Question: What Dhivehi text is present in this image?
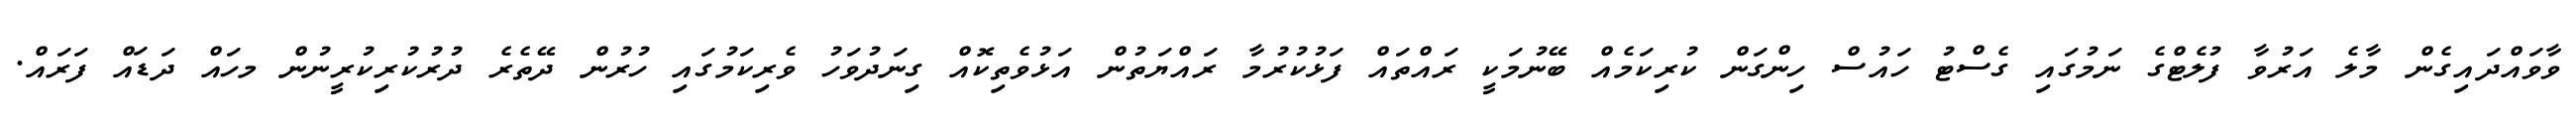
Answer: ވާވައްދައިގެން މާލެ އަރުވާ ފުލެޓްގެ ނަމުގައި ގެސްޓު ހައުސް ހިންގަން ކުރިކަމެއް ބޭނުމަކީ ރައްތައް ފަޅުކުރުމާ ރައްޔަތުން އަޅުވެތިކޮއް ގިނަދުވަހު ވެރިކަމުގައި ހުރުން ދޭތެރެ ދުރުކުރިކުރީނުން މހައް ދަޑައް ފަރައް.